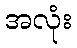
အလုံး